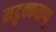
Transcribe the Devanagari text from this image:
मट्टक्कळप्पु